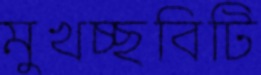
মুখচ্ছবিটি